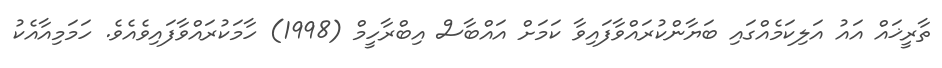
ތާރީޚައް އައު އަލިކަމެއްގައި ބަޔާންކުރައްވާފައިވާ ކަމަށް އައްބާސް އިބްރާހީމް (1998) ހާމަކުރައްވާފައިވެއެވެ. ހަމަމިއާއެކު